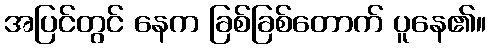
အပြင်တွင် နေက ခြစ်ခြစ်တောက် ပူနေ၏။